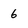
Character: 6